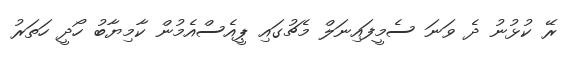
ރޭ ކުޅުނު ދެ ވަނަ ސެމީފައިނަލް މެޗުގައި ޕީއެސްއެމުން ކާމިޔާބު ހޯދީ ހަތަރު